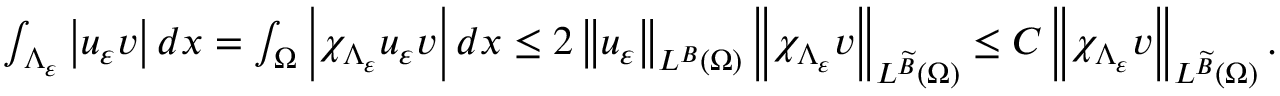
\begin{array} { r } { \int _ { \Lambda _ { \varepsilon } } \left\vert u _ { \varepsilon } v \right\vert d x = \int _ { \Omega } \left\vert \chi _ { \Lambda _ { \varepsilon } } u _ { \varepsilon } v \right\vert d x \leq 2 \left\Vert u _ { \varepsilon } \right\Vert _ { L ^ { B } \left( \Omega \right) } \left\Vert \chi _ { \Lambda _ { \varepsilon } } v \right\Vert _ { L ^ { \widetilde { B } } \left( \Omega \right) } \leq C \left\Vert \chi _ { \Lambda _ { \varepsilon } } v \right\Vert _ { L ^ { \widetilde { B } } \left( \Omega \right) } . } \end{array}